Leaving Certificate Examination (including Day School Certificate (Higher) General paper), 1930
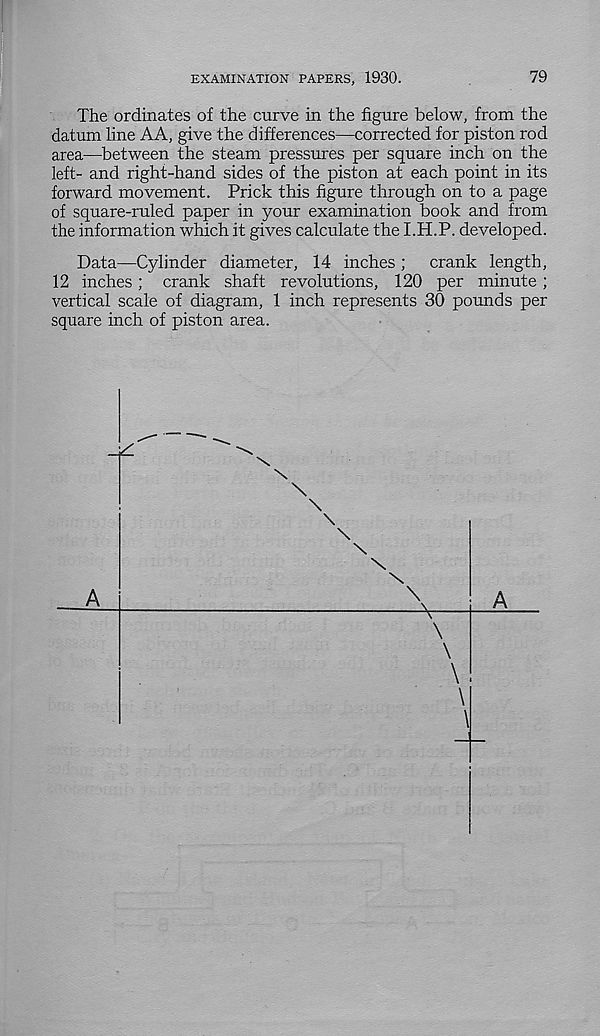
EXAMINATION PAPERS, 1930.
79
The ordinates of the curve in the figure below, from the
datum line AA, give the differences—corrected for piston rod
area—between the steam pressures per square inch on the
left- and right-hand sides of the piston at each point in its
forward movement. Prick this figure through on to a page
of square-ruled paper in your examination book and from
the information which it gives calculate the I.H.P. developed.
Data—Cylinder diameter, 14 inches ;
crank length,
12 inches; crank shaft revolutions, 120 per minute ;
vertical scale of diagram, 1 inch represents 30 pounds per
square inch of piston area.
A
\
\
\
\
\
\
\
\
-V
\
\
\
\